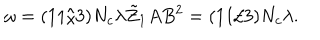
\omega = ( 1 1 / 3 ) N _ { c } \lambda \tilde { Z } _ { 1 } A B ^ { 2 } = ( 1 1 / 3 ) N _ { c } \lambda .